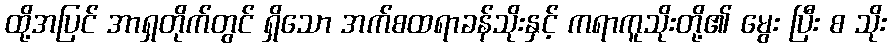
ထို့အပြင် အာရှတိုက်တွင် ရှိသော အက်စထရာခန်သိုးနှင့် ကရာကူသိုးတို့၏ မွေး ပြီး စ သိုး